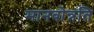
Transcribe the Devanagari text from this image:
मानवोन्नति